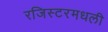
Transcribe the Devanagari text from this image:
रजिस्‍टरमधली